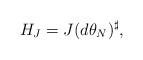
LaTeX: \begin{align*} H_{J} = J (d \theta_{N})^{\sharp},\end{align*}